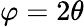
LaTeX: \varphi=2\theta